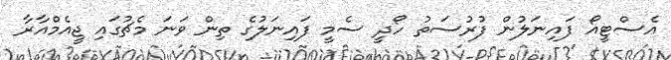
އެސްޓީއޯ ފައިނަލުން ފުރުސަތު ހޯދީ ސެމީ ފައިނަލުގެ ތިން ވަނަ މެޗުގައި ޖީއެމްއާރާ